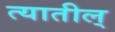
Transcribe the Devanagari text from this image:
त्यातील्